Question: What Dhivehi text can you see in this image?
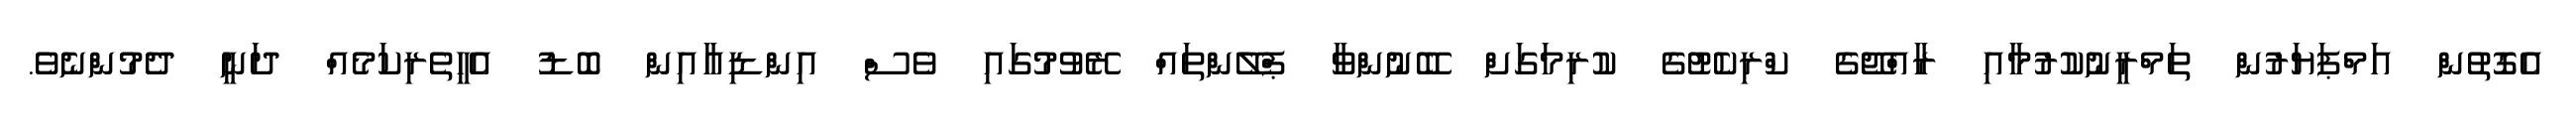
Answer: އެގޮތުން އަމްޕަޔަރުން ތަމްރީނުކުރުމާއި ރާއްޖޭގެ ކްރިކެޓުގެ ކުރިމަގަށް ބޭނުންވާ ޕްލޭންތައް ރޭވުމުގައި ވެސް އިންޑިއާއިން ބޮޑު އެހީތެރިކަމެއް ދަނީ ދެމުންނެވެ.